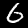
Digit: 6